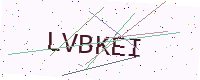
Text: LVBKEI